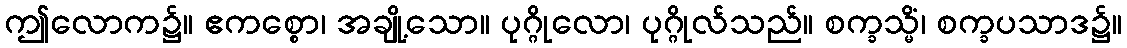
ဤလောက၌။ ဧကစ္စော၊ အချို့သော။ ပုဂ္ဂိုလော၊ ပုဂ္ဂိုလ်သည်။ စက္ခသ္မိံ၊ စက္ခပသာဒ၌။